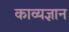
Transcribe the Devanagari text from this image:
काव्यज्ञान